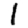
Digit: 1